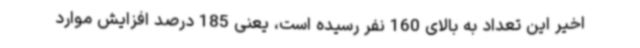
اخیر این تعداد به بالای 160 نفر رسیده است، یعنی 185 درصد افزایش موارد